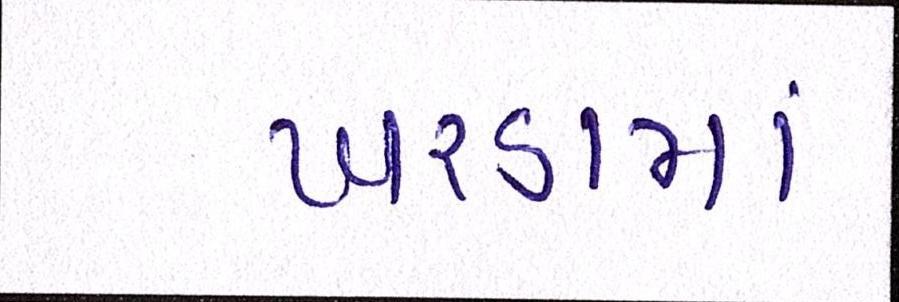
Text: ખરડામાં